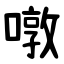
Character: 噋